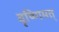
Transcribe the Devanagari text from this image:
वृष्णिमत्